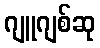
ဂျူဂျစ်ဆု